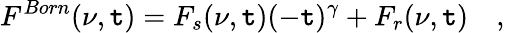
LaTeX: F^{Born}(\nu,\mathtt{t})=F_{s}(\nu,\mathtt{t})(-\mathtt{t})^{\gamma}+F_{r}(\nu,\mathtt{t})\quad,